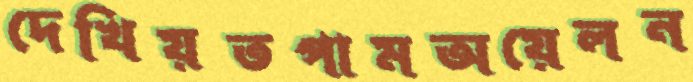
দেখিয়তপামঅয়েলন